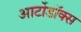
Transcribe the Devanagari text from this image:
आर्टोडॉक्स